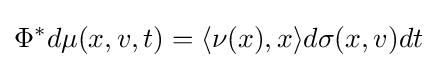
\Phi ^{*}d\mu (x,v,t)=\langle \nu (x),x\rangle d\sigma (x,v)dt